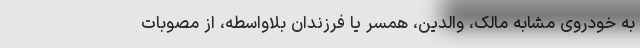
به خودروی مشابه مالک، والدین، همسر یا فرزندان بلاواسطه، از مصوبات